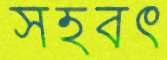
সহবৎ